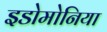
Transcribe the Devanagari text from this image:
इडोमोनिया